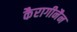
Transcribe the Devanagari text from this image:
कैरागीनैन